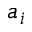
a _ { i }